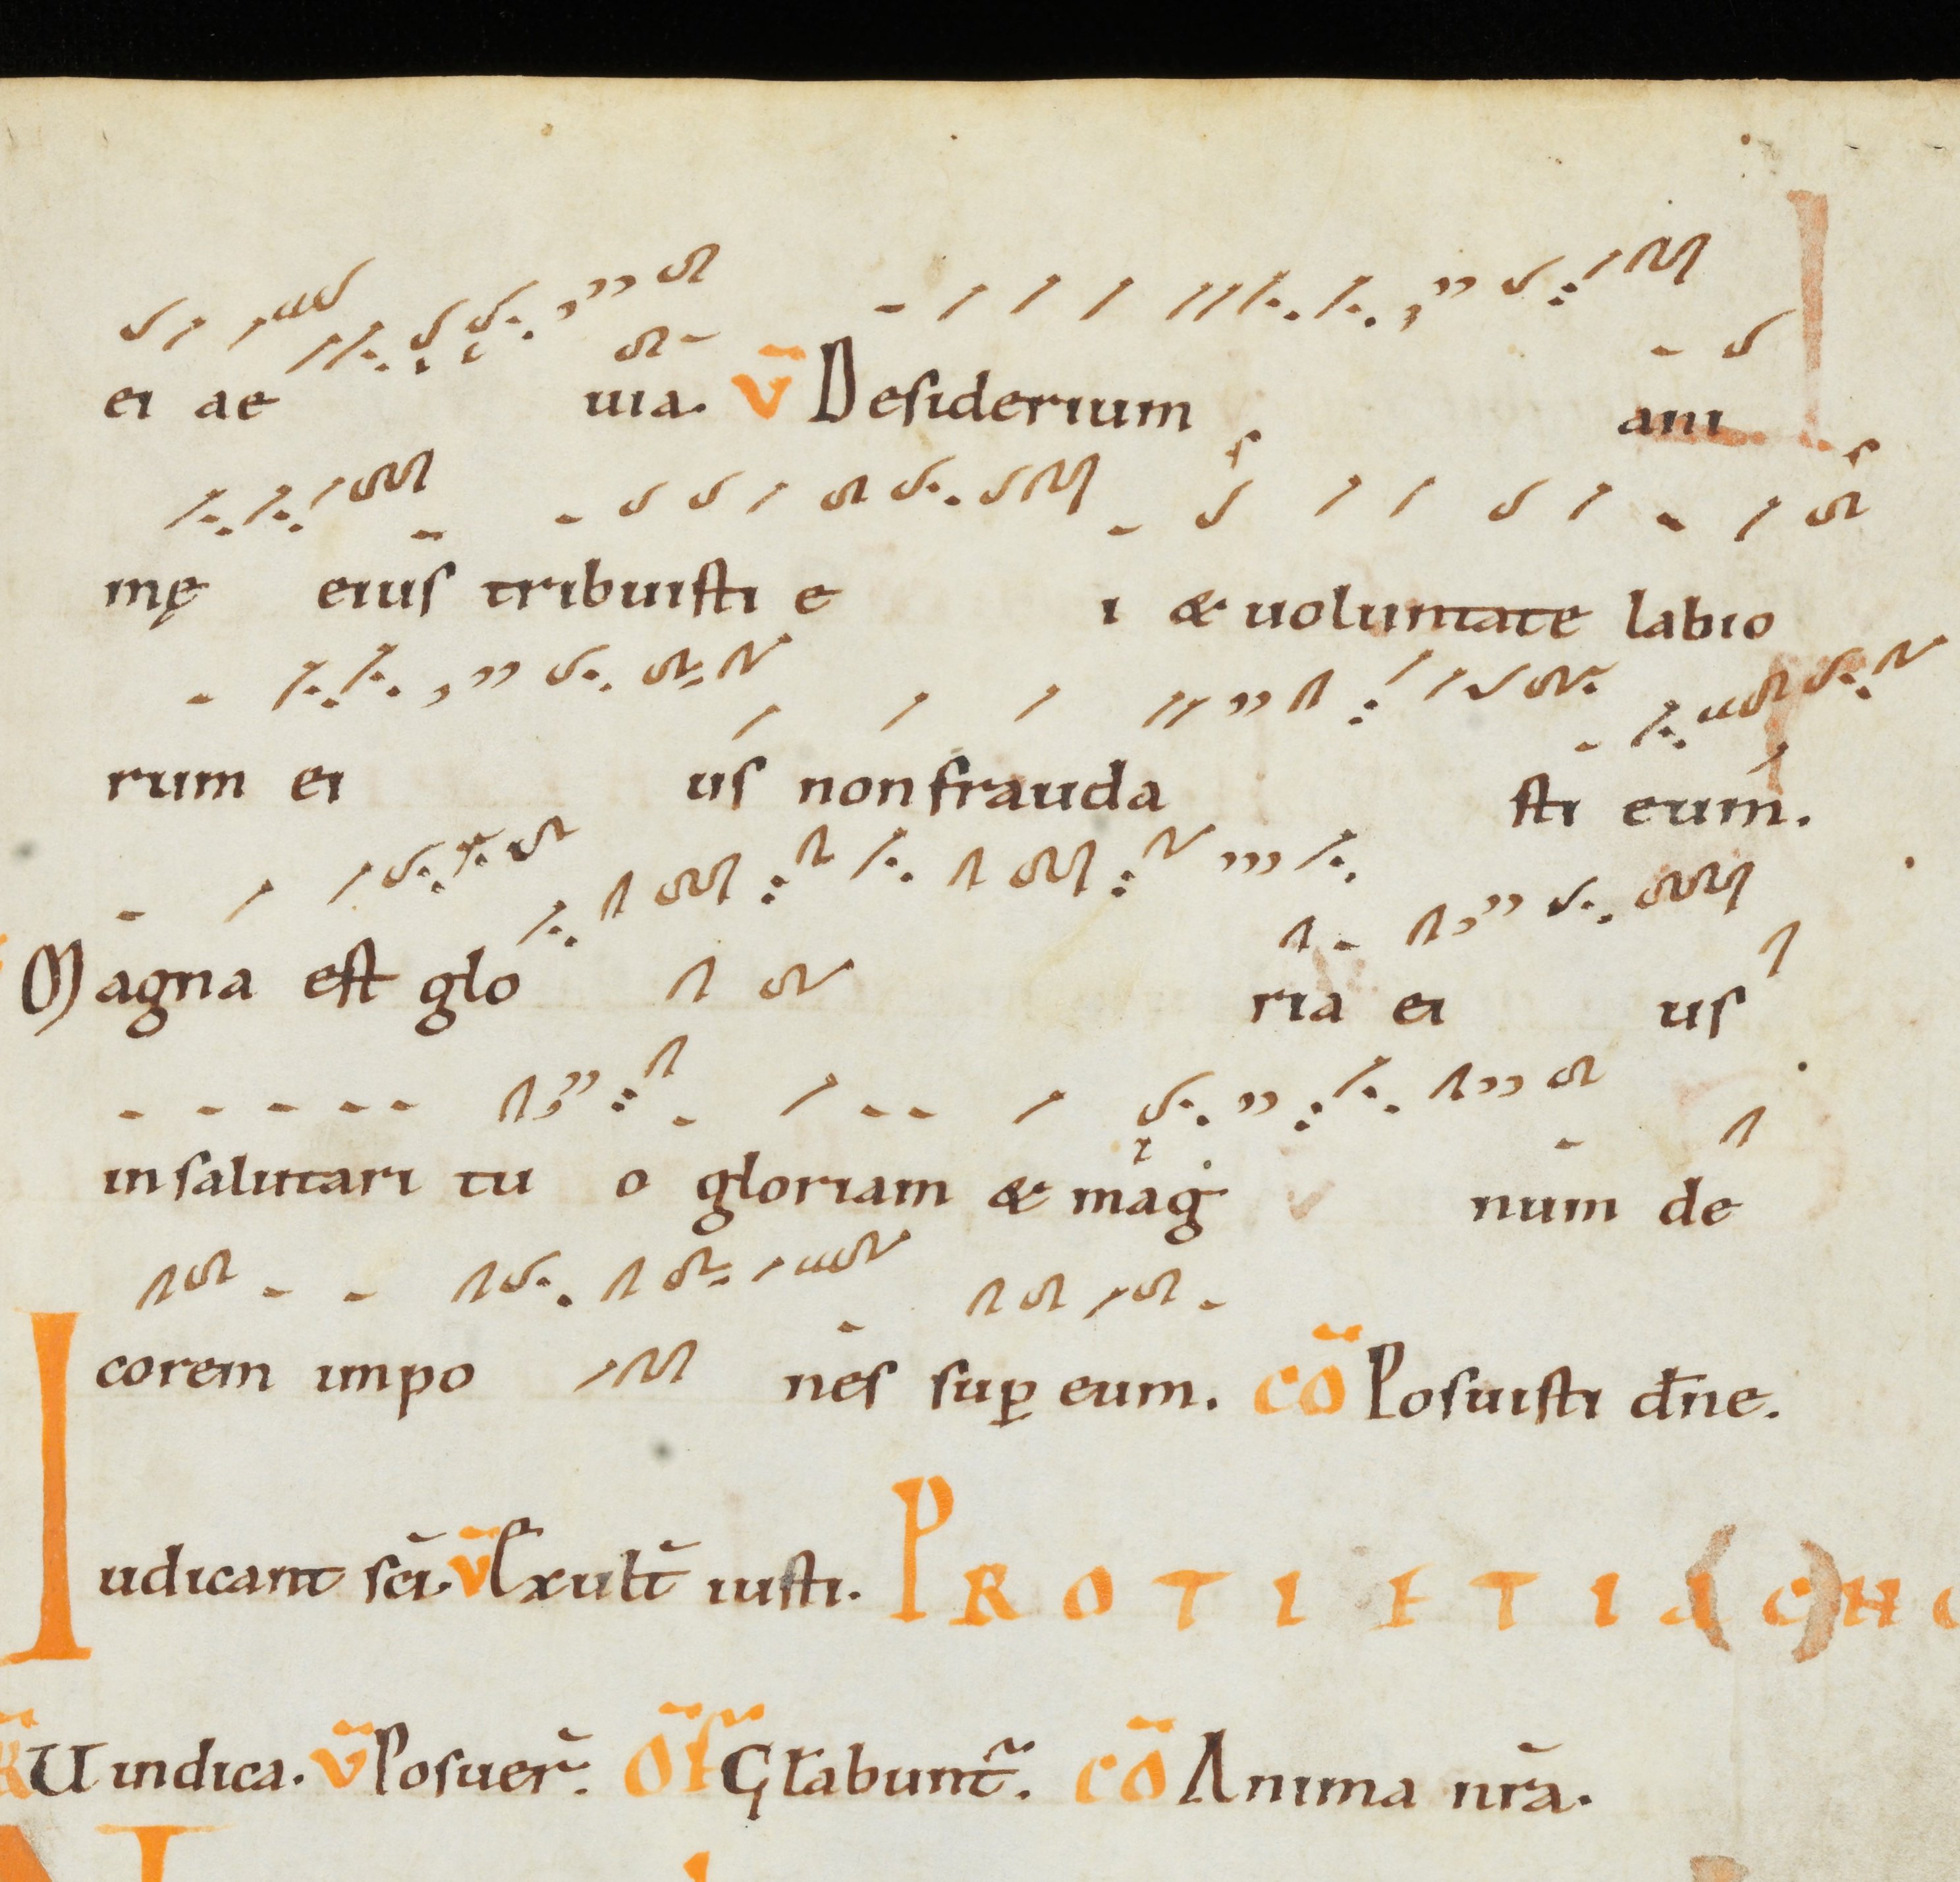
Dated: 1000–1099